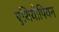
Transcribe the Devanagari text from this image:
एथियोपियन